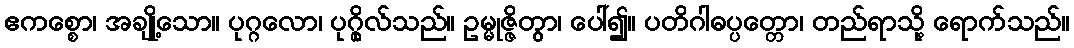
ဧကစ္စော၊ အချို့သော။ ပုဂ္ဂလော၊ ပုဂ္ဂိုလ်သည်။ ဥမ္မုဇ္ဇိတွာ၊ ပေါ်၍။ ပတိဂါဓပ္ပတ္တော၊ တည်ရာသို့ ရောက်သည်။